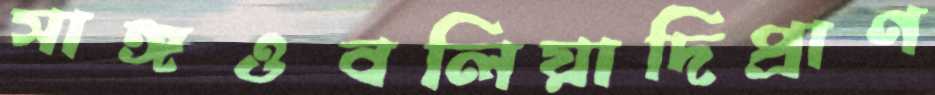
সাঙ্গওবলিয়াদিপ্রাণ